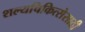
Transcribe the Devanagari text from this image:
शल्यचिकित्सेसाठी